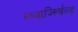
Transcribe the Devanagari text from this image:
स्च्वार्ज्स्चिल्ड